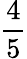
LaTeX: \frac{4}{5}